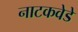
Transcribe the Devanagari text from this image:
नाटकवेडे